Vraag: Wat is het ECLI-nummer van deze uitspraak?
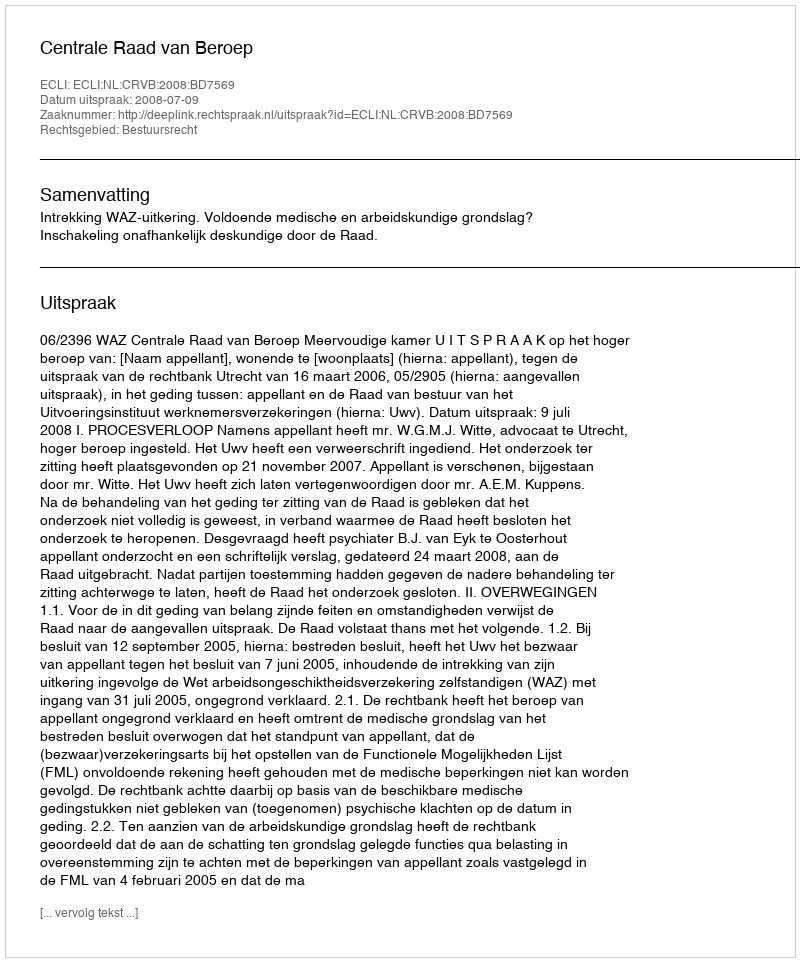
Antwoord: ECLI:NL:CRVB:2008:BD7569